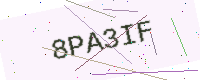
Text: 8PA3IF